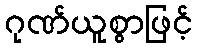
ဂုဏ်ယူစွာဖြင့်